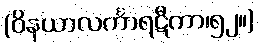
(ဝိနယာလင်္ကာရဋီကာ၊၅၂။)